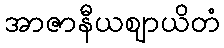
အာဇာနီယဈာယိတံ